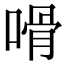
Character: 嗗